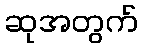
ဆုအတွက်